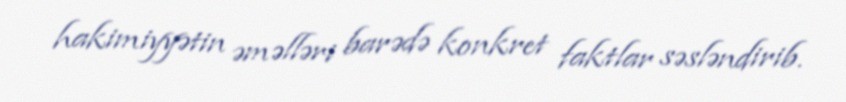
hakimiyyətin əməlləri barədə konkret faktlar səsləndirib.